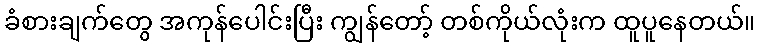
ခံစားချက်တွေ အကုန်ပေါင်းပြီး ကျွန်တော့် တစ်ကိုယ်လုံးက ထူပူနေတယ်။